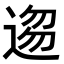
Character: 𮞥